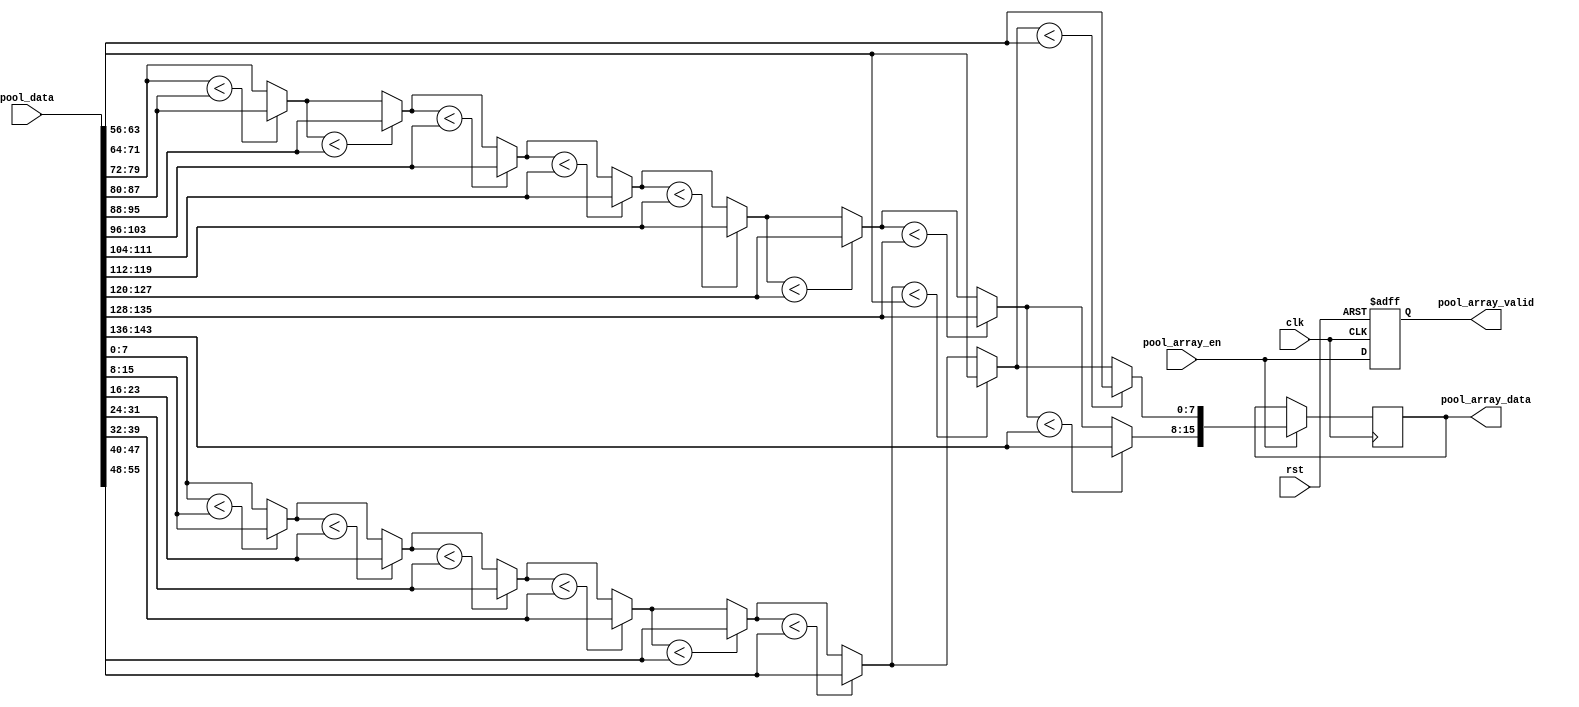
// -----------------------------------------------------------------------------
// This file exports the module `pool_array`, which is the stage for doing the
// pooling operation (max or avg).
// -----------------------------------------------------------------------------

module pool_array #(
  parameter                         Kh = 3,           // pooling kernel dimension
  parameter                         Kw = 3,
  parameter                         Pin = 2,          // input feature map parallelism
  parameter                         BIT_WIDTH = 8,    // bit width of the data path
  // pooling method: support for {MAX, AVG}
  parameter                         POOL_METHOD = "MAX",
  // advanced setting: pipeline stage (retiming for a better performance)
  // Note: should be at least 1 pipeline stage
  parameter                         PIPELINE_STAGE = 1
) (
  input wire                        clk,              // system clock
  input wire                        rst,              // system reset
  input wire                        pool_array_en,    // pool array enable
  input wire  [Pin*Kh*Kw*BIT_WIDTH-1:0]
                                    pool_data,        // pool data (from line buffer)

  output reg                        pool_array_valid, // pool array valid signal
  output reg  [Pin*BIT_WIDTH-1:0]   pool_array_data
);

// -------------------
// interconnections
// -------------------
// pool array calculated results
reg [BIT_WIDTH-1:0] pool_result [Pin-1:0];
wire [Pin*BIT_WIDTH-1:0] pool_result_flatten;
// pool array pipeline stage
reg pool_array_valid_pipeline [PIPELINE_STAGE-1:0];
reg [Pin*BIT_WIDTH-1:0] pool_array_data_pipeline [PIPELINE_STAGE-1:0];

integer i;
genvar g;

generate
  if (POOL_METHOD == "MAX") begin
    for (g = 0; g < Pin; g = g + 1) begin: max_array_g
      always @ (*) begin
        pool_result[g]      = pool_data[g*Kh*Kw*BIT_WIDTH +: BIT_WIDTH];
        for (i = 1; i < Kh*Kw; i = i + 1) begin
          if (pool_result[g] < pool_data[(g*Kh*Kw+i)*BIT_WIDTH +: BIT_WIDTH]) begin
            pool_result[g]  = pool_data[(g*Kh*Kw+i)*BIT_WIDTH +: BIT_WIDTH];
          end
        end
      end
    end
  end else if (POOL_METHOD == "AVG") begin
    // internal summing network
    wire [BIT_WIDTH-1:0] sum_result [Pin-1:0];
    // calculate the sum
    for (g = 0; g < Pin; g = g + 1) begin: merge_network_g
      merge_network # (
        .NUM_INPUTS                 (Kh*Kw),
        .BIT_WIDTH                  (BIT_WIDTH)
      ) merge_network_inst (
        .in_data                    (pool_data[g*Kh*Kw*BIT_WIDTH+:Kh*Kw*BIT_WIDTH]),
        .merge_result               (sum_result[g])
      );
    end
    // do the avg
    for (g = 0; g < Pin; g = g + 1) begin: avg_array_g
      always @ (*) begin
        // TODO: divided by a constant
        pool_result[g]              = sum_result[g] / (Kh*Kw);
      end
    end
  end else begin
    //$display("undefined pooling method: %s", POOL_METHOD);
  end
endgenerate

// ----------------------------
// Flatten the pooling result
// ----------------------------
generate
  for (g = 0; g < Pin; g = g + 1) begin: pool_result_flatten_g
    assign pool_result_flatten[g*BIT_WIDTH+:BIT_WIDTH] = pool_result[g];
  end
endgenerate

// ----------------------------
// Pipeline stage
// ----------------------------
// pooling array enable
generate
  for (g = 0; g < PIPELINE_STAGE; g = g + 1) begin: pool_array_valid_g
    if (g == 0) begin
      // first stage: direct connect to the primiary input
      always @ (posedge clk or posedge rst) begin
        if (rst) begin
          pool_array_valid_pipeline[g]  <= 1'b0;
        end else begin
          pool_array_valid_pipeline[g]  <= pool_array_en;
        end
      end
    end else begin
      // remaining stages: connect to the previous one
      always @ (posedge clk or posedge rst) begin
        if (rst) begin
          pool_array_valid_pipeline[g]  <= 1'b0;
        end else begin
          pool_array_valid_pipeline[g]  <= pool_array_valid_pipeline[g-1];
        end
      end
    end
  end
endgenerate
// pooling array data
generate
  for (g = 0; g < PIPELINE_STAGE; g = g + 1) begin: pool_array_data_g
    if (g == 0) begin
      // first stage: direct connect to the pooling results
      always @ (posedge clk) begin
        if (pool_array_en) begin
          pool_array_data_pipeline[g]   <= pool_result_flatten;
        end
      end
    end else begin
      // remaining stages: connect to the previous one
      always @ (posedge clk) begin
        if (pool_array_valid_pipeline[g-1]) begin
          pool_array_data_pipeline[g]   <= pool_array_data_pipeline[g-1];
        end
      end
    end
  end
endgenerate

// ---------------------------
// Primary output assignment
// ---------------------------
always @ (*) begin
  pool_array_valid = pool_array_valid_pipeline[PIPELINE_STAGE-1];
  pool_array_data = pool_array_data_pipeline[PIPELINE_STAGE-1];
end

endmodule